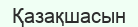
Қазақшасын